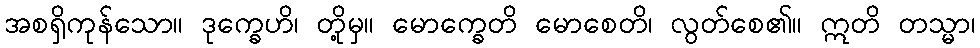
အစရှိကုန်သော။ ဒုက္ခေဟိ၊ တို့မှ။ မောက္ခေတိ မောစေတိ၊ လွတ်စေ၏။ ဣတိ တသ္မာ၊